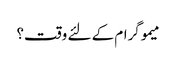
میموگرام کے لئے وقت؟